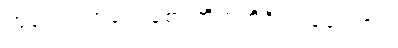
ဟူသော ကြျောစော ကိတ်တိရှိလာခဲ့လေ၏။